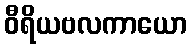
ဝီရိယဗလကာယော